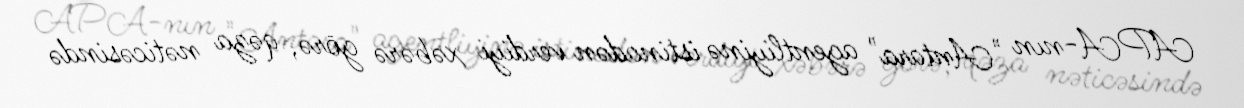
APA-nın "Antara" agentliyinə istinadən verdiyi xəbərə görə, qəza nəticəsində